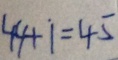
4 4 + 1 = 4 5